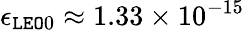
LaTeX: \epsilon_{{\tt LEO}0}\approx 1.33\times 10^{-15}